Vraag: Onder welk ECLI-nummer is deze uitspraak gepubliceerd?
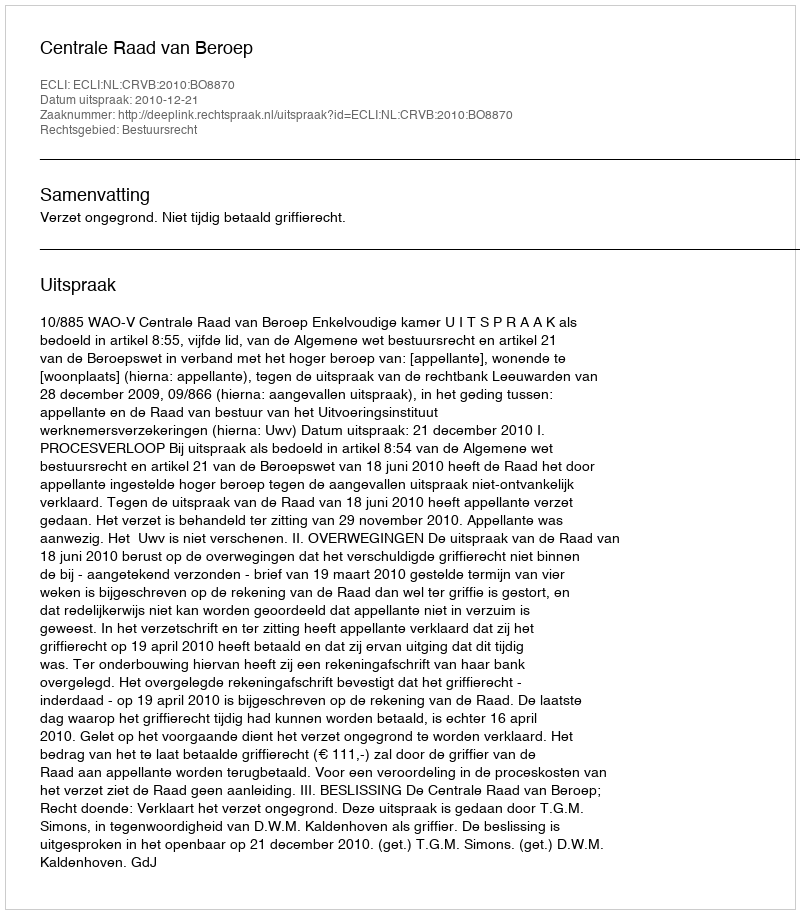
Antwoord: ECLI:NL:CRVB:2010:BO8870